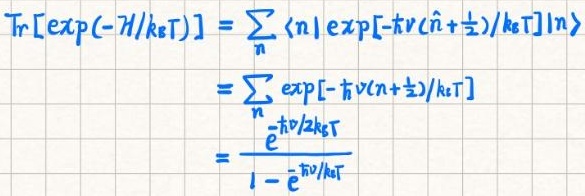
\[
\begin{align*}
\mathrm{Tr}[\exp(-\mathcal{H}/k_{\mathrm{B}}T)]&=\sum_{n}\langle n|\exp[-\hbar\nu(\hat{n}+\frac{1}{2})/k_{\mathrm{B}}T]|n\rangle\\
&=\sum_{n}\exp[-\hbar\nu(n+\frac{1}{2})/k_{\mathrm{B}}T]\\
&=\frac{e^{-\hbar\nu/2k_{\mathrm{B}}T}}{1 - e^{-\hbar\nu/k_{\mathrm{B}}T}}
\end{align*}
\]